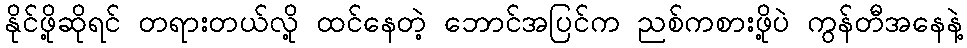
နိုင်ဖို့ဆိုရင် တရားတယ်လို့ ထင်နေတဲ့ ဘောင်အပြင်က ညစ်ကစားဖို့ပဲ ကွန်တီအနေနဲ့